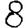
Digit: 8